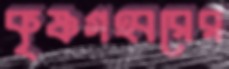
কৃষ্ণগহ্বরের